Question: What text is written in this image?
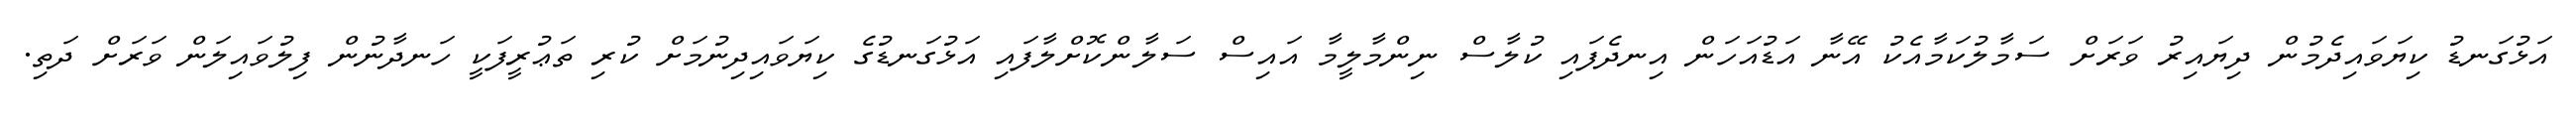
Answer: އަޅުގަނޑު ކިޔަވައިދެމުން ދިޔައިރު ވަރަށް ސަމާލުކަމާއެކު އޭނާ އަޑުއަހަން އިނދެފައި ކުލާސް ނިންމާލީމާ އައިސް ސަލާންކޮށްލާފައި އަޅުގަނޑުގެ ކިޔަވައިދިނުމަށް ކުރި ތަޢުރީފަކީ ހަނދާނުން ފިލުވައިލަން ވަރަށް ދަތި.